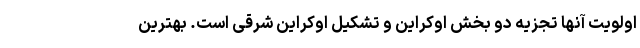
اولویت آنها تجزیه دو بخش اوکراین و تشکیل اوکراین شرقی است. بهترین